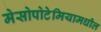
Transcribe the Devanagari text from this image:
मेसोपोटेमियामधील